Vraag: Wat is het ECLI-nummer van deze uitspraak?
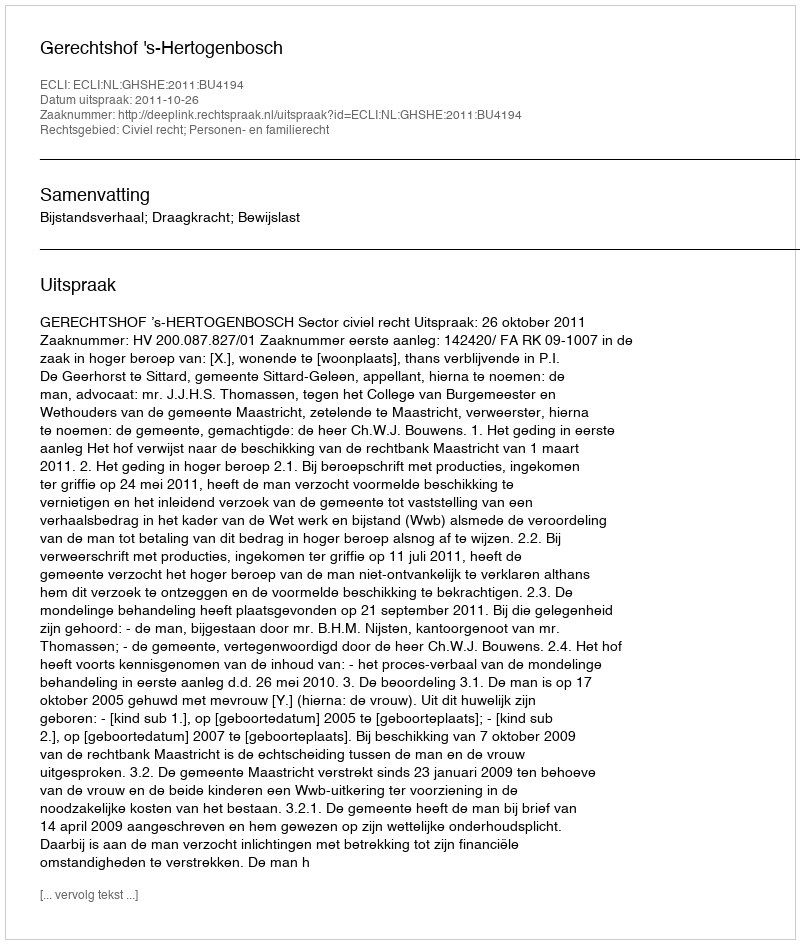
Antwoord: ECLI:NL:GHSHE:2011:BU4194